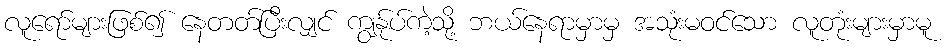
လူရော်များဖြစ်၍ နေတတ်ပြီးလျှင် ကျွန်ုပ်ကဲ့သို့ ဘယ်နေရာမှာမှ အသုံးမဝင်သော လူတုံးများမှာမူ